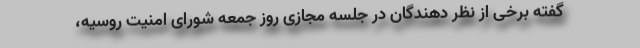
گفته برخی از نظر دهندگان در جلسه مجازی روز جمعه شورای امنیت روسیه،